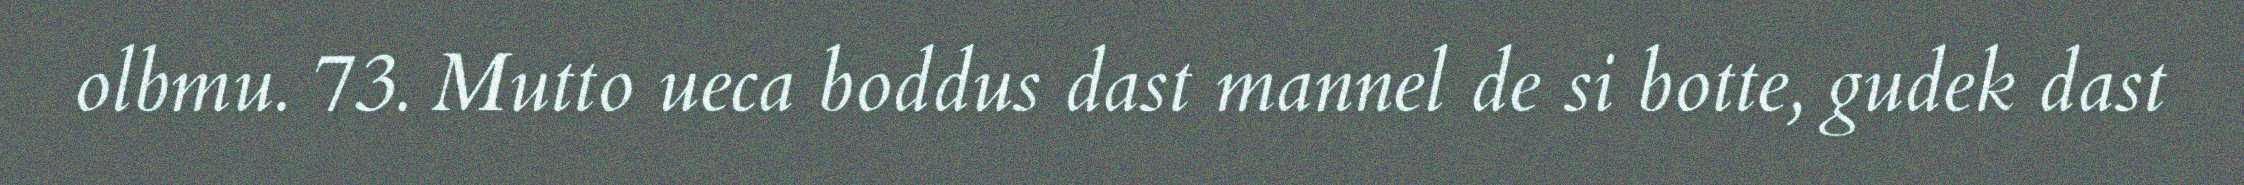
olbmu. 73. Mutto ueca boddus dast mannel de si botte, gudek dast